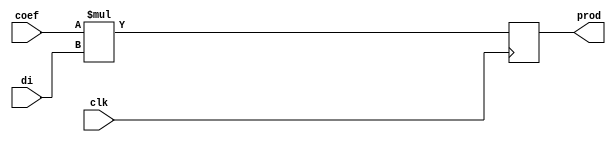
module multi(
	input wire clk,
	input wire [15:0] coef,
	input wire [15:0] di,
	output reg [31:0] prod
);
	always @(posedge clk) begin
		prod <= coef * di; 
	end
	
endmodule